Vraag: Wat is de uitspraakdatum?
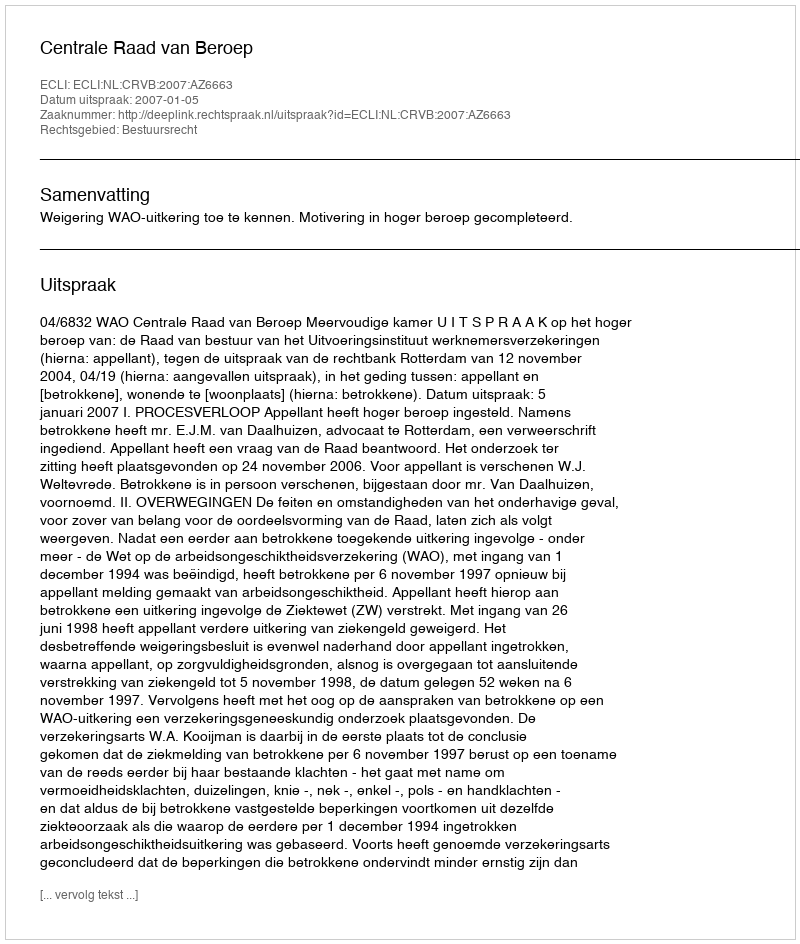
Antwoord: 2007-01-05